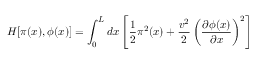
H [ \pi ( x ) , \phi ( x ) ] = \int _ { 0 } ^ { L } d x \left[ \frac { 1 } { 2 } \pi ^ { 2 } ( x ) + \frac { v ^ { 2 } } { 2 } \left( \frac { \partial \phi ( x ) } { \partial x } \right) ^ { 2 } \right]